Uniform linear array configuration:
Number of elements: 48
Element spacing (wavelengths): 1
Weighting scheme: blackman
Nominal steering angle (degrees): -45
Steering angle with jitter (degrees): -46.466
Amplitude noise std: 0.05
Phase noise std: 0.05

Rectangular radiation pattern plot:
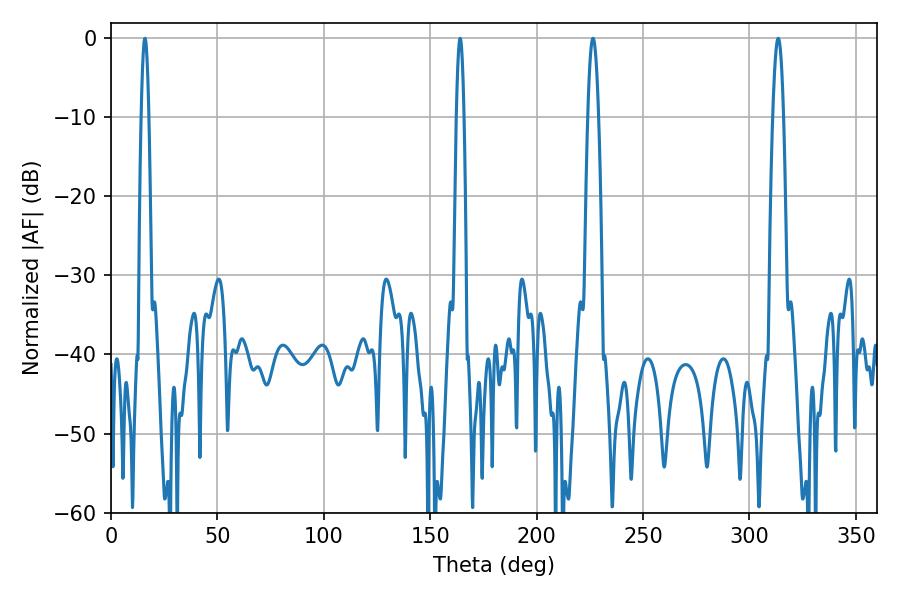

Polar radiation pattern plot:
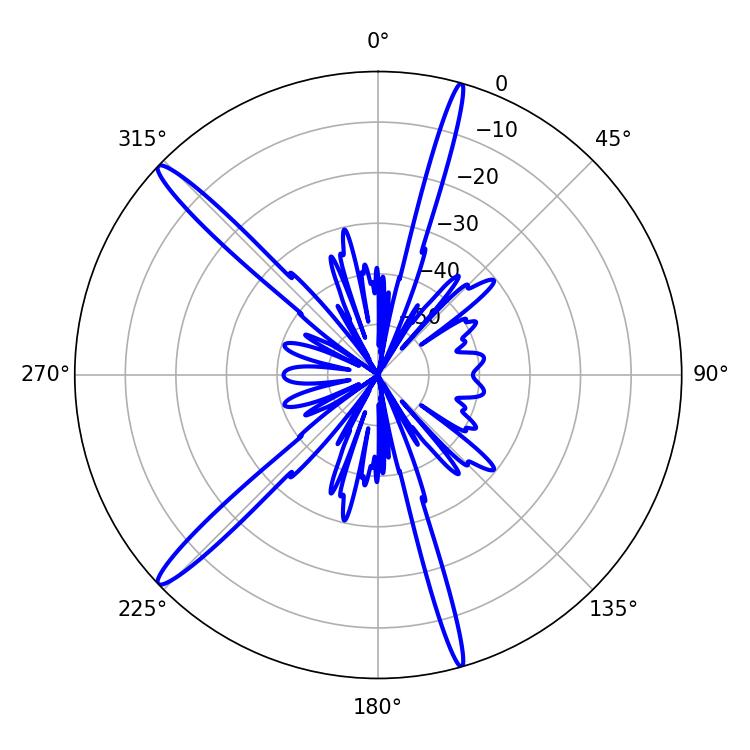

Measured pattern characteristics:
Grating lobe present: TRUE
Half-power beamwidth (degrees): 2.7
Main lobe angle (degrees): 226.44